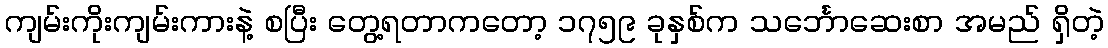
ကျမ်းကိုးကျမ်းကားနဲ့ စပြီး တွေ့ရတာကတော့ ၁၇၅၉ ခုနှစ်က သင်္ဘောဆေးစာ အမည် ရှိတဲ့